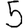
Digit: 5